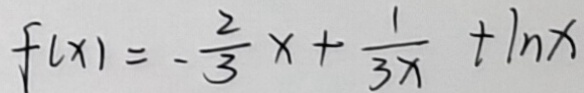
f ( x ) = - \frac { 2 } { 3 } x + \frac { 1 } { 3 x } + 1 n x